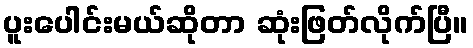
ပူးပေါင်းမယ်ဆိုတာ ဆုံးဖြတ်လိုက်ပြီ။